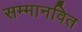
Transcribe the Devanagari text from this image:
सम्मानवित